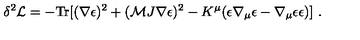
\delta ^ { 2 } { \cal L } = - \mathrm { T r } [ ( \nabla \epsilon ) ^ { 2 } + ( { \cal M } J \nabla \epsilon ) ^ { 2 } - K ^ { \mu } ( \epsilon \nabla _ { \mu } \epsilon - \nabla _ { \mu } \epsilon \epsilon ) ] \ .